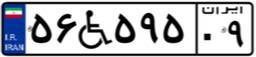
۵۶W۵۹۵۰۹